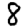
Digit: 8